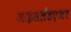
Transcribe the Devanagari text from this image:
आइसलँडएअर